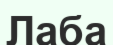
Лаба